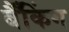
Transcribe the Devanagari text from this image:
बैँकिंग